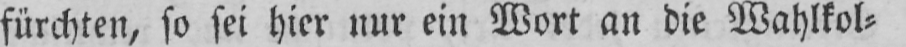
fürchten, so sei hier nur ein Wort an die Wahlkol⸗